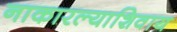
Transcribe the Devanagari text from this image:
नाकारल्याशिवाय